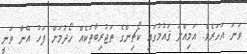
ވަނަ އަހަރެވެ. އަމިއްލަ ޤައުމުގައި ކޯޗިންގެ ތަޖުރިބާތަކެއް ހޯދުމަށް ފަހު އޭނާ ވަނީ